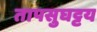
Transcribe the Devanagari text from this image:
तापसुघट्टय